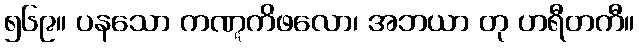
၅၆၉။ ပနသော ကဏ္ဋကိဖလော၊ အဘယာ တု ဟရီတကီ။